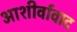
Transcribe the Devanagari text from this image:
आशीर्वावाद